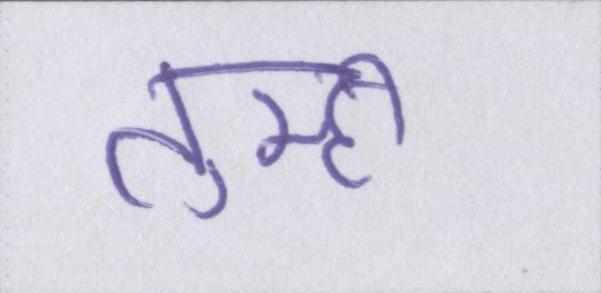
तुम्ही